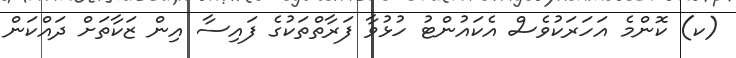
(ކ) ކޮންމެ އަހަރަކުވެސް އެކައުންޓު ހުޅުވާ ފަރާތްތަކުގެ ފައިސާ އިން ޒަކާތަށް ދައްކަން